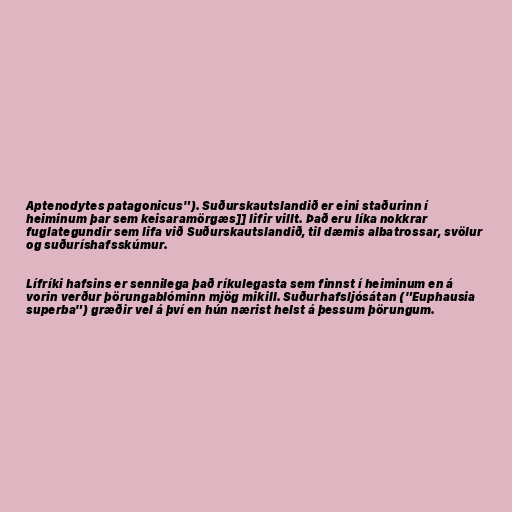
Aptenodytes patagonicus"). Suðurskautslandið er eini staðurinn í
heiminum þar sem keisaramörgæs]] lifir villt. Það eru líka nokkrar
fuglategundir sem lifa við Suðurskautslandið, til dæmis albatrossar, svölur
og suðuríshafsskúmur.

Lífríki hafsins er sennilega það ríkulegasta sem finnst í heiminum en á
vorin verður þörungablóminn mjög mikill. Suðurhafsljósátan ("Euphausia
superba") græðir vel á því en hún nærist helst á þessum þörungum.